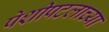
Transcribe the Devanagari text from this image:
पेशीपटलाच्या